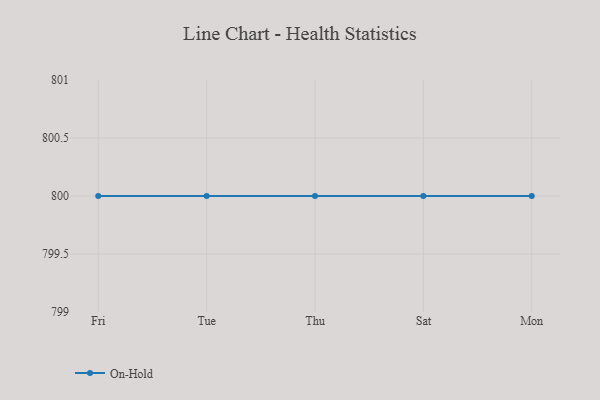
{"axis": {"x": "Day", "y": "Churn Rate (%)"}, "legend": ["On-Hold"], "data": [{"x": "Fri", "y": 800, "type": "On-Hold"}, {"x": "Tue", "y": 800, "type": "On-Hold"}, {"x": "Thu", "y": 800, "type": "On-Hold"}, {"x": "Sat", "y": 800, "type": "On-Hold"}, {"x": "Mon", "y": 800, "type": "On-Hold"}]}